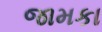
જામકા